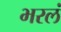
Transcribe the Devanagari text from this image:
भरलं